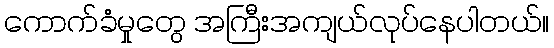
ကောက်ခံမှုတွေ အကြီးအကျယ်လုပ်နေပါတယ်။